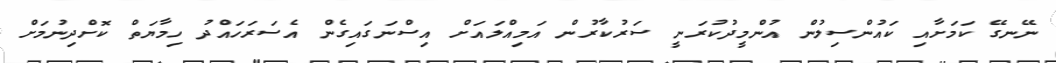
ނޭނގޭ ކަމަށާއި ކައުންސިލުން އުންމީދުކުރަނީ ސަރުކާރުން އަމިއްލައަށް އިސްނަގައިގެން އެސަރަހައްދު ހިމާޔަތް ކޮށްދިނުމަށް